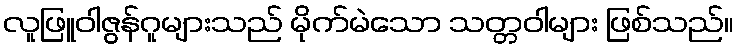
လူဖြူဝါဇွန်ဂူများသည် မိုက်မဲသော သတ္တဝါများ ဖြစ်သည်။